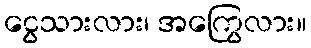
ငွေသားလား၊ အကြွေလား။